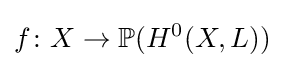
f\colon X\to \mathbb {P} (H^{0}(X,L))